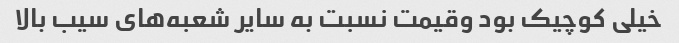
خیلی کوچیک بود وقیمت نسبت به سایر شعبه‌های سیب بالا